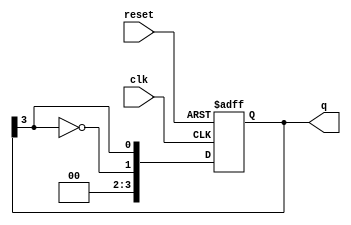
module RingJohnsonCounter #(parameter n = 4) (
    input wire clk,        // Clock input
    input wire reset,      // Asynchronous reset
    output reg [n-1:0] q   // Output state
);

    always @(posedge clk or posedge reset) begin
        if (reset) begin
            q <= 0; // Initialize to 0 on reset
        end else begin
            // Shift to the right and feedback the inverted last bit
            q <= {~q[n-1], q[n-1:n-1]}; // Insert inverted last bit at the MSB
        end
    end

endmodule